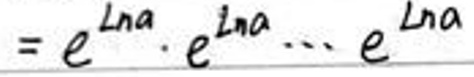
$=e^{\ln a}\cdot e^{\ln a}\cdots e^{\ln a}$